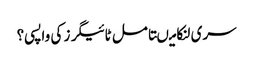
سری لنکا میںتامل ٹائیگرز کی واپسی؟